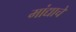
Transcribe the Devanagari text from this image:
मांद्याचे